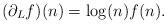
LaTeX: \begin{align*} (\partial_L f)(n) = \log(n)f(n).\end{align*}